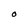
Character: O